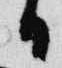
日